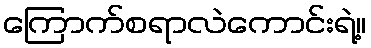
ကြောက်စရာလဲကောင်းရဲ့။